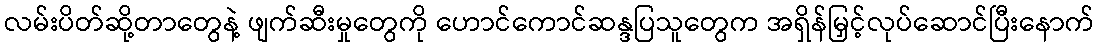
လမ်းပိတ်ဆို့တာတွေနဲ့ ဖျက်ဆီးမှုတွေကို ဟောင်ကောင်ဆန္ဒပြသူတွေက အရှိန်မြှင့်လုပ်ဆောင်ပြီးနောက်